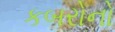
કબરોનો